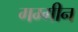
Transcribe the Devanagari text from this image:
गम्गीन